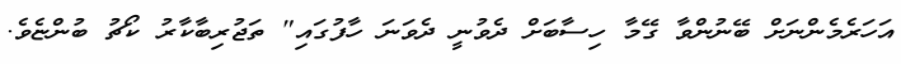
އަހަރެމެންނަށް ބޭނުންވާ ގޭމާ ހިސާބަށް ދެވުނީ ދެވަނަ ހާފުގައި" ތަޖުރިބާކާރު ކޯޗު ބުންޏެވެ.